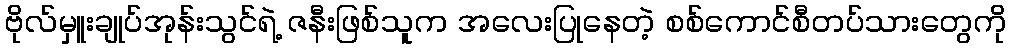
ဗိုလ်မှူးချုပ်အုန်းသွင်ရဲ့ ဇနီးဖြစ်သူက အလေးပြုနေတဲ့ စစ်ကောင်စီတပ်သားတွေကို